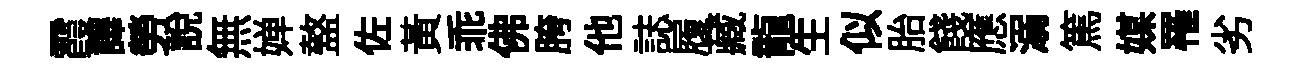
霞譯勞説無婵盩佐黃乖佛胯他誌履藏龍生似胎餞應溺篤媒罹劣